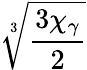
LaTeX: \sqrt[3]{\frac{3\chi_{\gamma}}{2}}